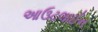
આઉટલાઈન